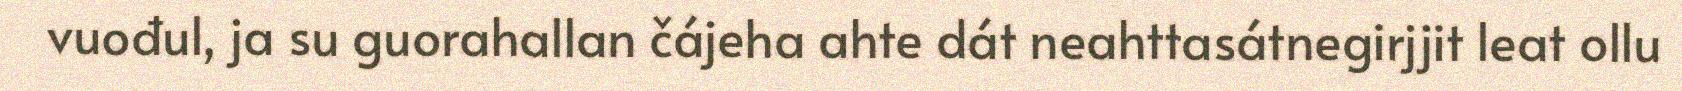
vuođul, ja su guorahallan čájeha ahte dát neahttasátnegirjjit leat ollu